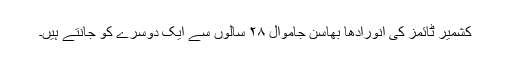
کشمیر ٹائمز کی انورادھا بھاسن جاموال ۲۸ سالوں سے ایک دوسرے کو جانتے ہیں۔